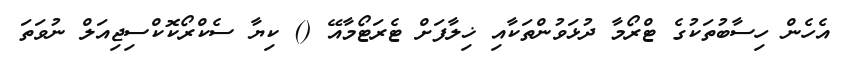
އެހެން ހިސާބުތަކުގެ ޓްރޯމާ ދުޅަވުންތަކާއި ޚިލާފަށް ޓެރަޓޯމާއޭ () ކިޔާ ސެކްރޯކޮކްސިޖިއަލް ނުވަތަ